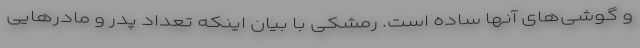
و گوشی‌های آنها ساده است. رمشکی با بیان اینکه تعداد پدر و مادرهایی